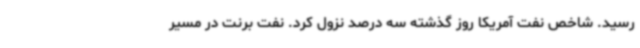
رسید. شاخص نفت آمریکا روز گذشته سه درصد نزول کرد. نفت برنت در مسیر